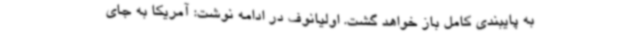
به پایبندی کامل باز خواهد گشت. اولیانوف در ادامه نوشت: آمریکا به جای